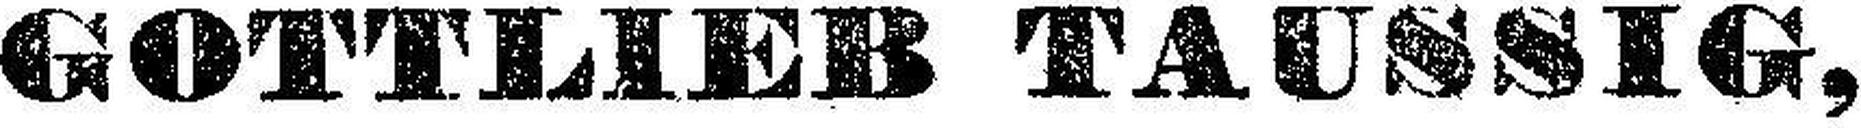
GOTTLIEB TAUSSIG,